Vaccination in Bombay 1869-1873 - 1869-1873
Year: 1869
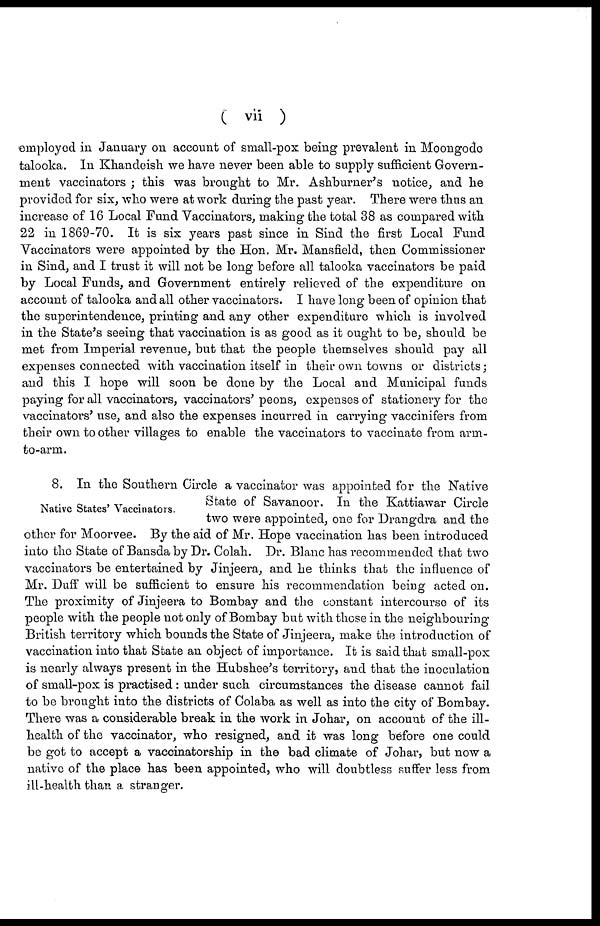
( vii )
employed in January on account of small-pox being prevalent in Moongode
talooka. In Khandeish we have never been able to supply sufficient Govern-
ment vaccinators ; this was brought to Mr. Ashburner's notice, and he
provided for six, who were at work during the past year. There were thus an
increase of 16 Local Fund Vaccinators, making the total 38 as compared with
22 in 1869-70. It is six years past since in Sind the first Local Fund
Vaccinators were appointed by the Hon. Mr. Mansfield, then Commissioner
in Sind, and I trust it will not be long before all talooka vaccinators be paid
by Local Funds, and Government entirely relieved of the expenditure on
account of talooka and all other vaccinators. I have long been of opinion that
the superintendence, printing and any other expenditure which is involved
in the State's seeing that vaccination is as good as it ought to be, should be
met from Imperial revenue, but that the people themselves should pay all
expenses connected with vaccination itself in their own towns or districts;
and this I hope will soon be done by the Local and Municipal funds
paying for all vaccinators, vaccinators' peons, expenses of stationery for the
vaccinators' use, and also the expenses incurred in carrying vaccinifers from
their own to other villages to enable the vaccinators to vaccinate from arm-
to-arm.
Native States' Vaccinators.
8. In the Southern Circle a vaccinator was appointed for the Native
State of Savanoor. In the Kattiawar Circle
two were appointed, one for Drangdra and the
other for Moorvee. By the aid of Mr. Hope vaccination has been introduced
into the State of Bansda by Dr. Colah. Dr. Blanc has recommended that two
vaccinators be entertained by Jinjeera, and he thinks that the influence of
Mr. Duff will be sufficient to ensure his recommendation being acted on.
The proximity of Jinjeera to Bombay and the constant intercourse of its
people with the people not only of Bombay but with those in the neighbouring-
British territory which bounds the State of Jinjeera, make the introduction of
vaccination into that State an object of importance. It is said that small-pox
is nearly always present in the Hubshee's territory, and that the inoculation
of small-pox is practised: under such circumstances the disease cannot fail
to be brought into the districts of Colaba as well as into the city of Bombay.
There was a considerable break in the work in Johar, on account of the ill-
health of the vaccinator, who resigned, and it was long before one could
be got to accept a vaccinatorship in the bad climate of Johar, but now a
native of the place has been appointed, who will doubtless suffer less from
ill-health than a stranger.